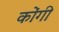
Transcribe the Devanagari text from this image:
कोंगी